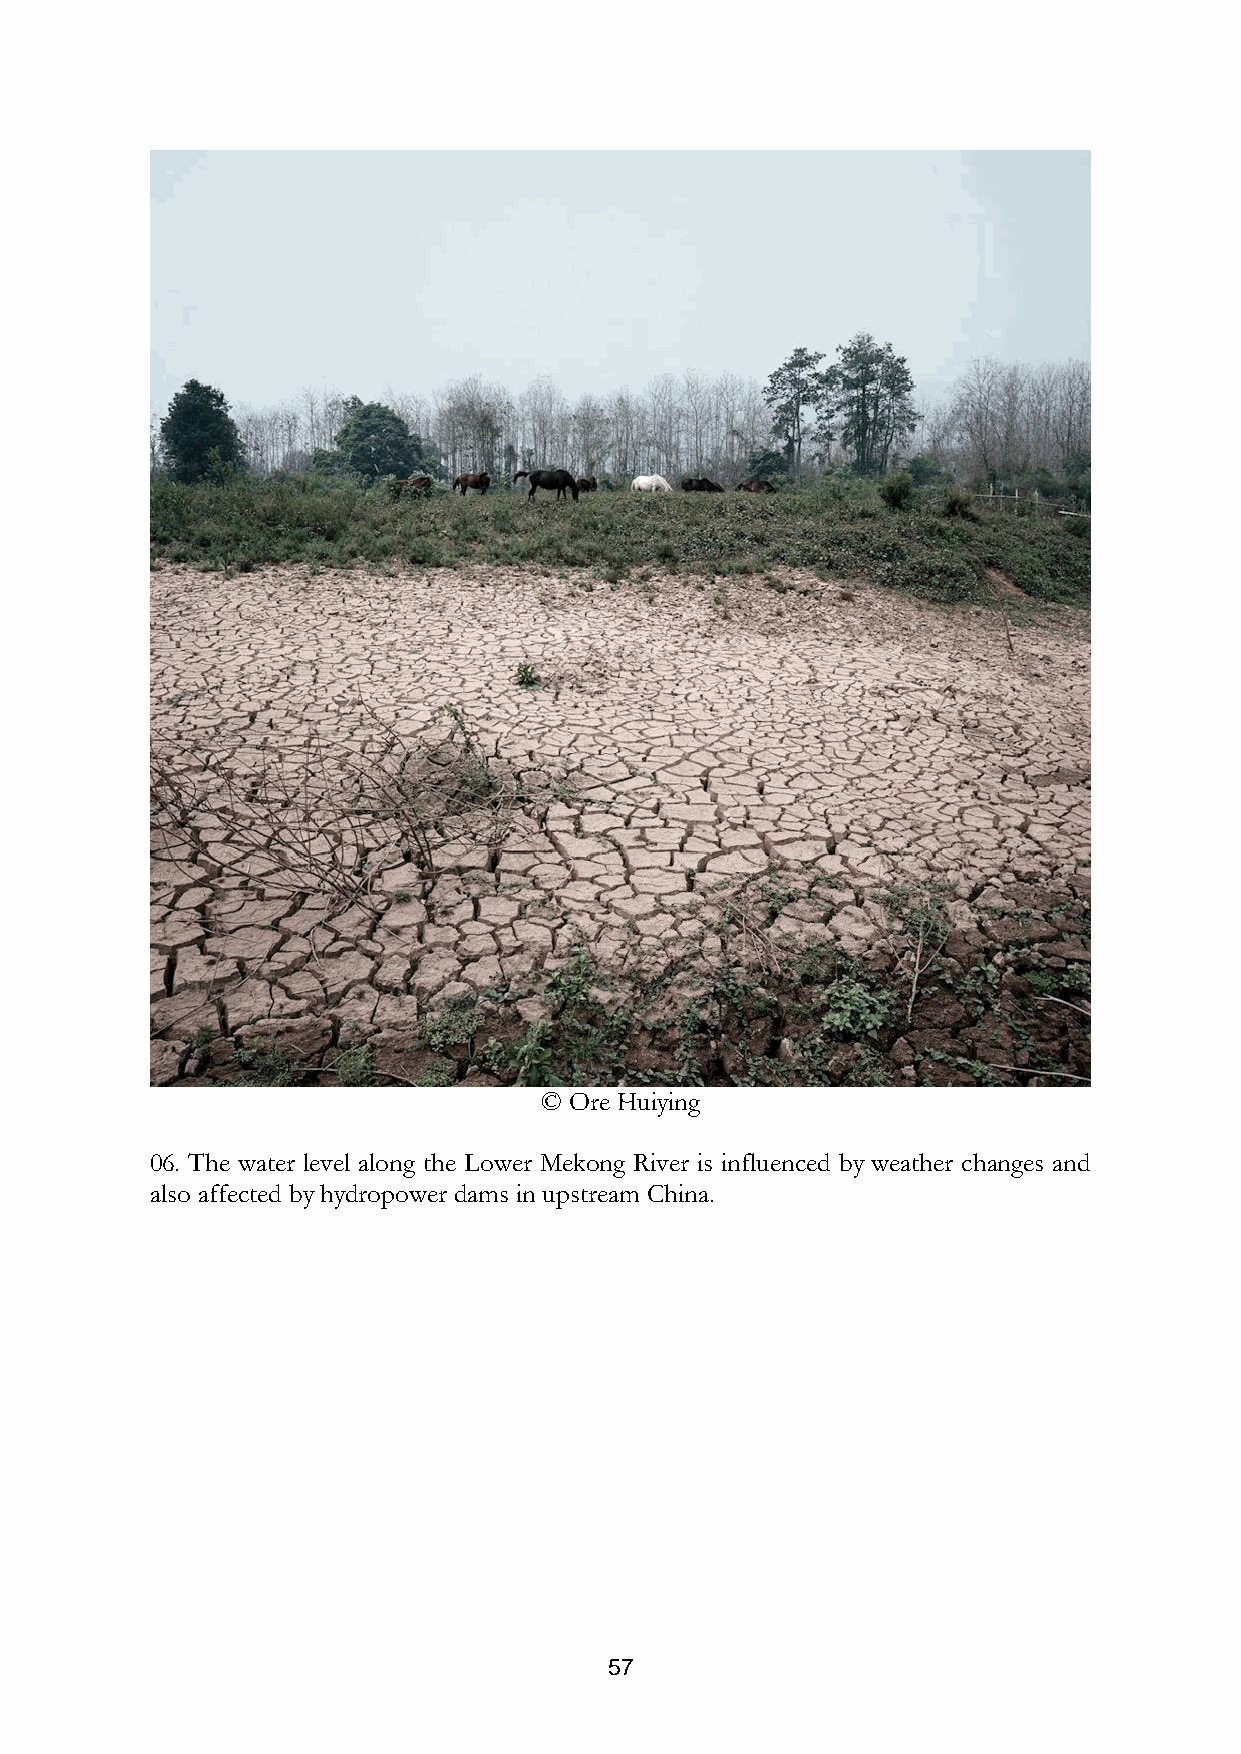
© Ore Huiying
 06. The water level along the Lower Mekong River is influenced by weather changes and
 also affected by hydropower dams in upstream China.
 57